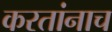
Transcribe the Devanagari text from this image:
करतांनाच